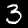
Label: 3